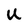
Character: U